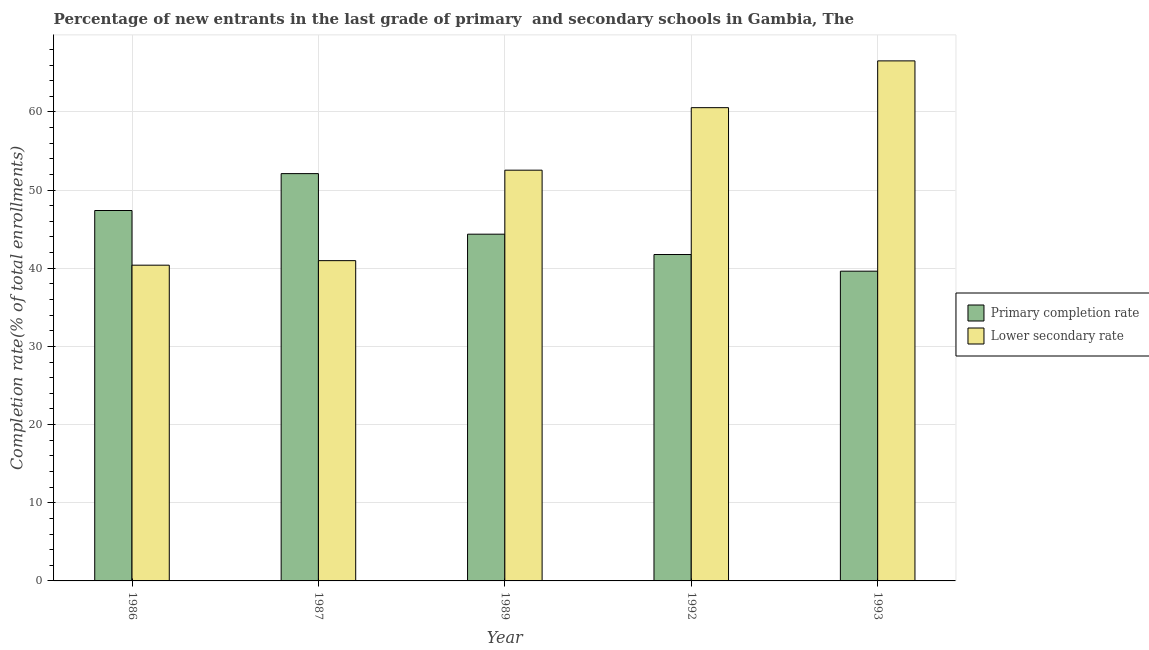
| Year | Primary completion rate | Lower secondary rate |
 | --- | --- | --- |
 | 1986 | 47.4 | 40.4 |
 | 1987 | 52.1 | 41 |
 | 1989 | 44.4 | 52.5 |
 | 1992 | 41.8 | 60.5 |
 | 1993 | 39.6 | 66.5 |